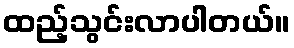
ထည့်သွင်းလာပါတယ်။